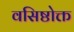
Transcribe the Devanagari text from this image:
वसिष्ठोक्त